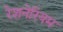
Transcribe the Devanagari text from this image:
रेशनेरियम